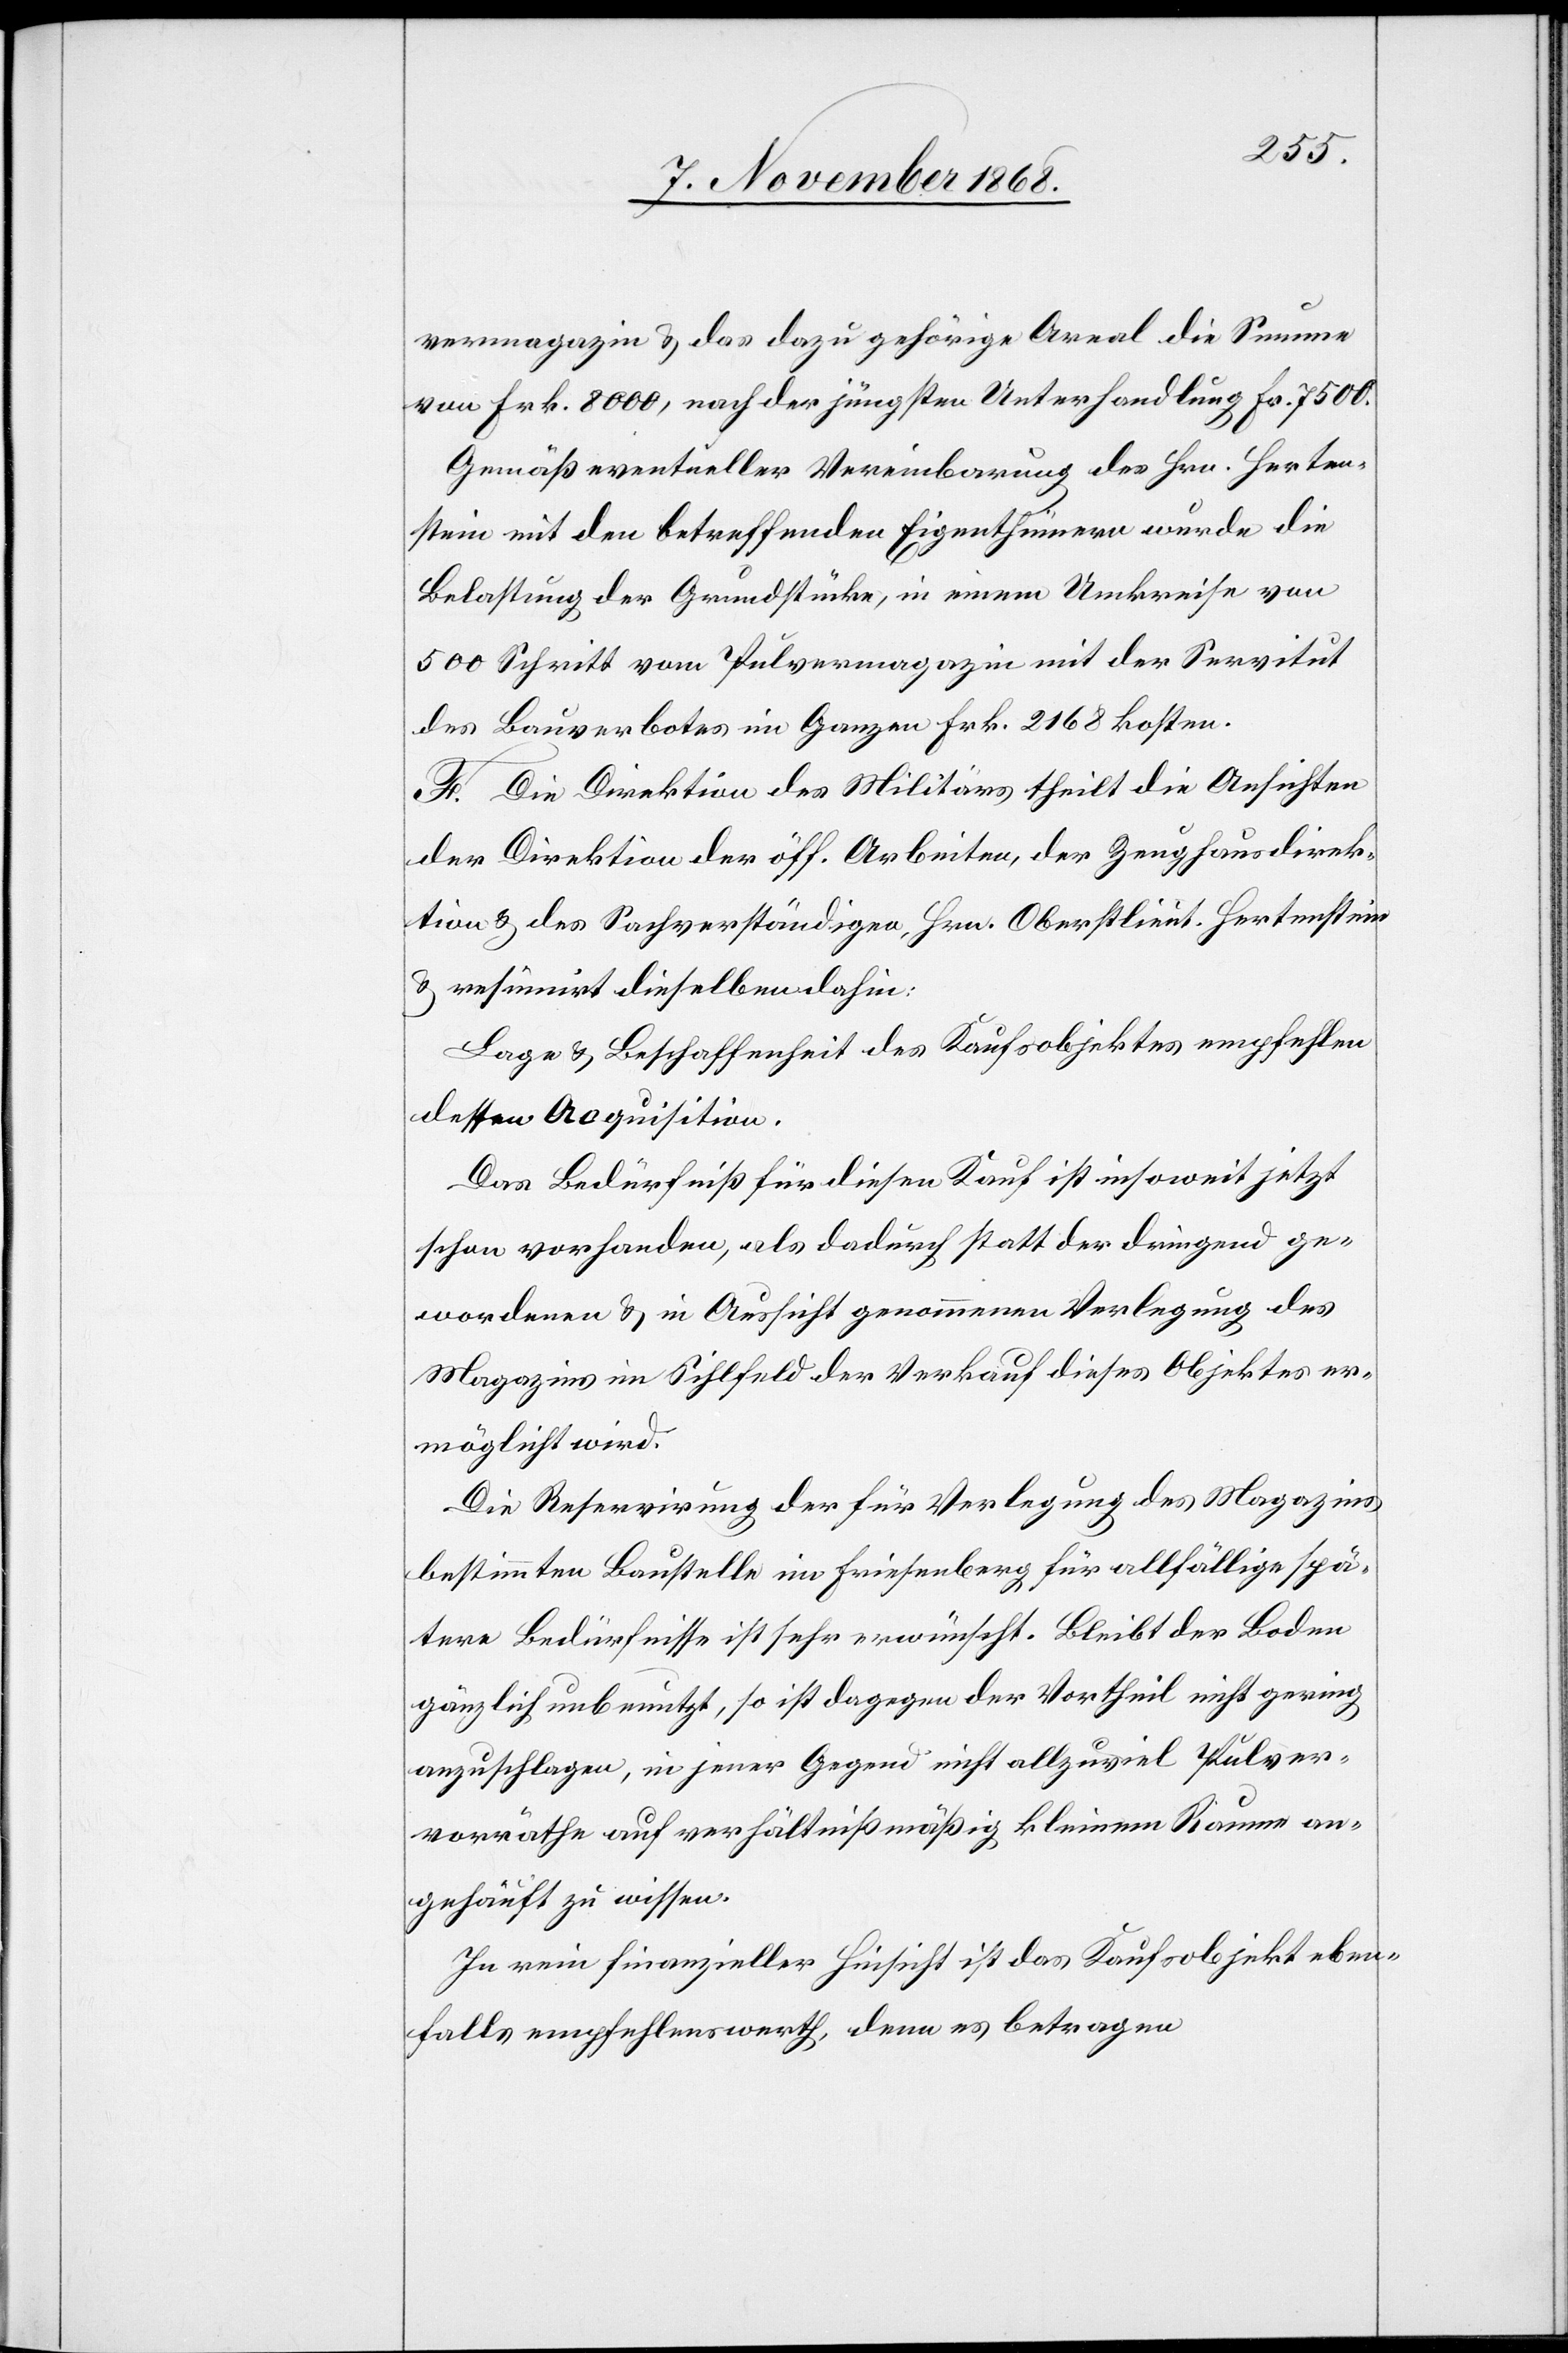
vermagazin & das dazu gehörige Areal die Summe
von Frk. 8000, nach der jüngsten Unterhandlung Fr. 7500.
Gemäß eventueller Vereinbarung des Hrn. Herten¬
stein mit den betreffenden Eigenthümern wurde [recte:
Belastung der Grundstücke, in einem Umkreise von
500 Schritt vom Pulvermagazin mit der Servitut
des Bauverbotes im Ganzen Frk. 2168 kosten.
F. Die Direktion des Militärs theilt die Ansichten
der Direktion der öff. Arbeiten, der Zeughausdirek¬
tion & des Sachverständigen, Hrn. Oberstlieut. Hertenstein
& resümirt dieselben dahin:
Lage & Beschaffenheit des Kaufsobjektes empfehlen
dessen Acquisition.
Das Bedürfniß für diesen Kauf ist insoweit jetzt
schon vorhanden, als dadurch statt der dringend ge¬
wordenen & in Aussicht genommenen Verlegung des
Magazins im Sihlfeld der Verkauf dieses Objektes er¬
möglicht wird.
Die Reservirung der für Verlegung des Magazins
bestimmten Baustelle im Friesenberg für allfällige spä¬
tere Bedürfnisse ist sehr erwünscht. Bleibt der Boden
gänzlich unbenutzt, so ist dagegen der Vortheil nicht gering
anzuschlagen, in jener Gegend nicht allzuviel Pulver¬
vorräthe auf verhältnißmäßig kleinem Raume an¬
gehäuft zu wissen.
In rein finanzieller Hinsicht ist das Kaufsobjekt eben¬
falls empfehlenswerth, denn es betragen